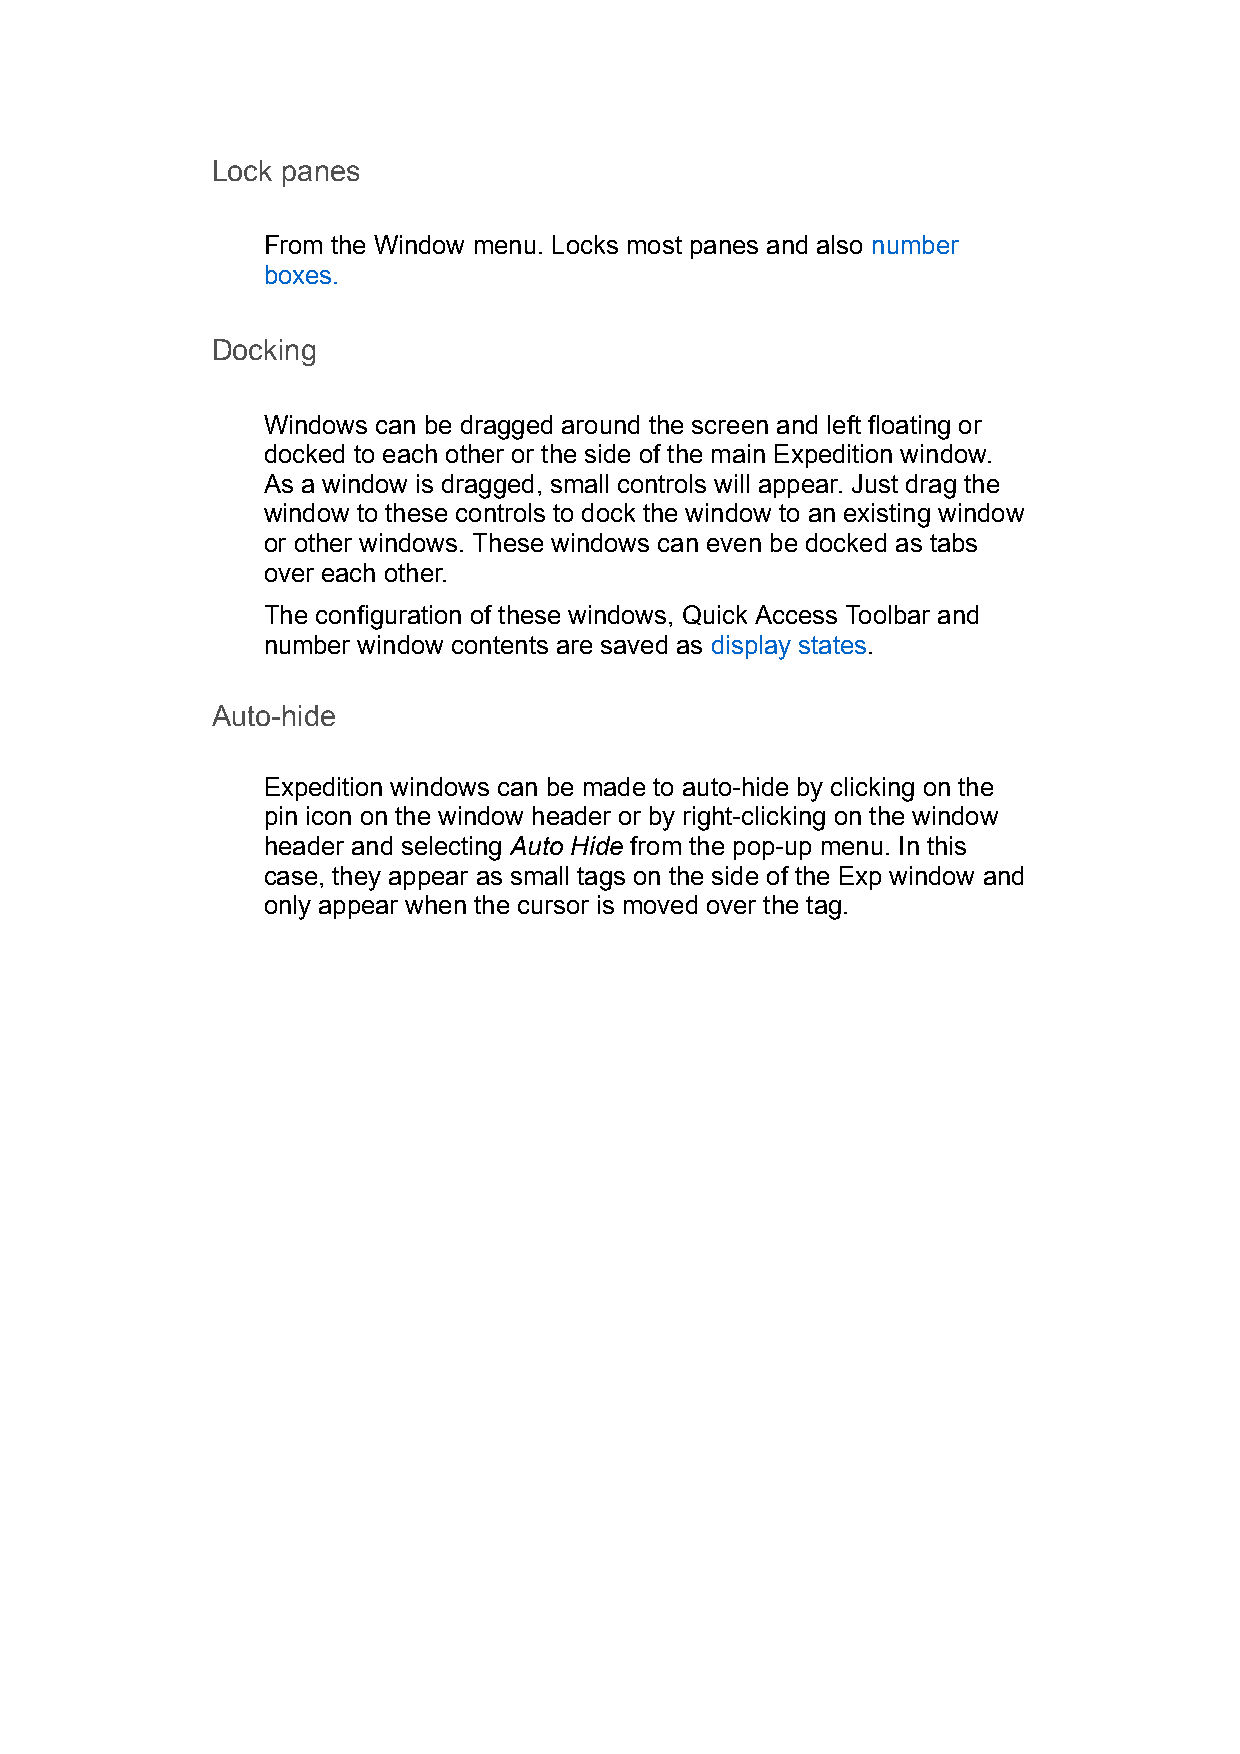
Lock panes
 From the Window menu. Locks most panes and also number
 boxes.
 Docking
 Windows can be dragged around the screen and left floating or
 docked to each other or the side of the main Expedition window.
 As a window is dragged, small controls will appear. Just drag the
 window to these controls to dock the window to an existing window
 or other windows. These windows can even be docked as tabs
 over each other.
 The configuration of these windows, Quick Access Toolbar and
 number window contents are saved as display states.
 Auto-hide
 Expedition windows can be made to auto-hide by clicking on the
 pin icon on the window header or by right-clicking on the window
 header and selecting Auto Hide from the pop-up menu. In this
 case, they appear as small tags on the side of the Exp window and
 only appear when the cursor is moved over the tag.